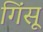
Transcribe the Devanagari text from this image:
गिंसू